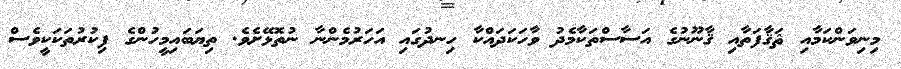
މިނިވަންކަމާއި ޘަޤާފަތާއި ޤާނޫނުގެ އަސާސްތަކާމެދު ވާހަކަދައްކާ ހިނދުގައި އަހަރުމެންނާ ނުތޮޅޭށެވެ. ތިޔަބައިމީހުންގެ ފިކުރުތަކަކީވެސް